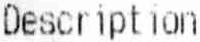
DESCRIPTION